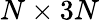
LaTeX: N\times 3N